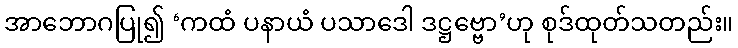
အာဘောဂပြု၍ ‘ကထံ ပနာယံ ပသာဒေါ ဒဋ္ဌဗ္ဗော’ဟု စုဒ်ထုတ်သတည်း။